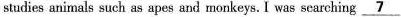
studies animals such as apes and monkeys. I was searching \underline{7}